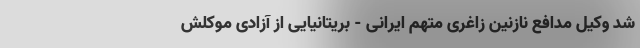
شد وکیل مدافع نازنین زاغری متهم ایرانی - بریتانیایی از آزادی موکلش